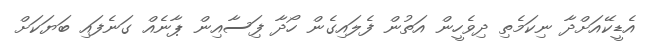
އެޑީކޭއަށްދާ ނިކަމެތި ދިވެހީން އަތުން ފެލައިގެން ހޯދާ ފަިސާއިން ޕާނެއް ގަނެފައި ބަޔަކަށް